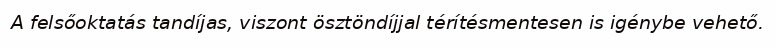
A felsőoktatás tandíjas, viszont ösztöndíjjal térítésmentesen is igénybe vehető.